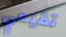
تقيمي